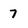
Character: 7